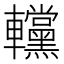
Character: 𨏻